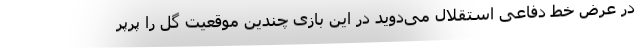
در عرض خط دفاعی استقلال می‌دوید در این بازی چندین موقعیت گل را پرپر